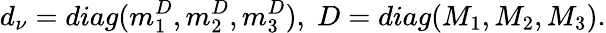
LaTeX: d_{\nu}=diag(m_{1}^{D},m_{2}^{D},m_{3}^{D}),\; D=diag(M_{1},M_{2},M_{3}).